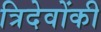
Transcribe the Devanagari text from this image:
त्रिदेवोंकी